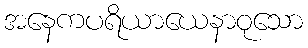
အနေကပရိယာယေနာဝုသော